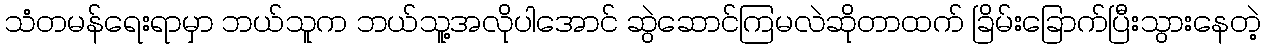
သံတမန်ရေးရာမှာ ဘယ်သူက ဘယ်သူ့အလိုပါအောင် ဆွဲဆောင်ကြမလဲဆိုတာထက် ခြိမ်းခြောက်ပြီးသွားနေတဲ့